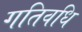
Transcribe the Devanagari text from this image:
गतिवधि